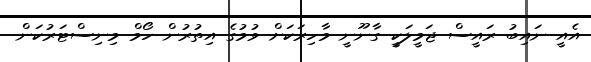
އެއީ ނައިބު ރައީސް ޖަމީލަކީ ގާނޫނީ މާހިރަކަށް ވުމުގެ އިތުރުން ހޯމް މިނިސްޓަރުކަން